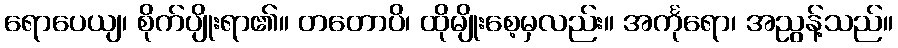
ရောပေယျ၊ စိုက်ပျိုးရာ၏။ တတောပိ၊ ထိုမျိုးစေ့မှလည်း။ အင်္ကုရော၊ အညွန့်သည်။